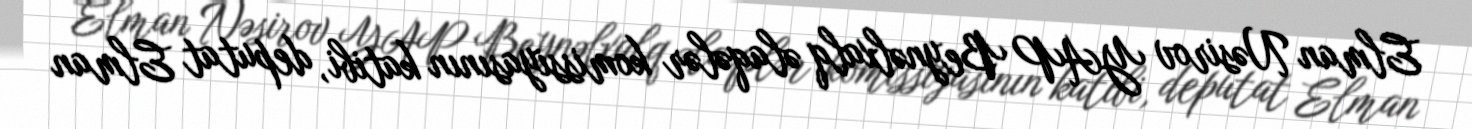
Elman Nəsirov YAP Beynəlxalq əlaqələr komissiyasının katibi, deputat Elman